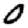
Digit: 0